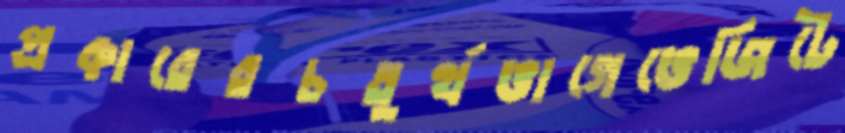
প্রকারেরচতুর্থভাগেভেজিটে